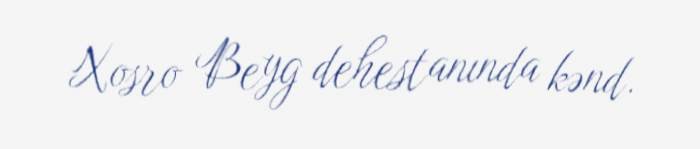
Xosro Beyg dehestanında kənd.